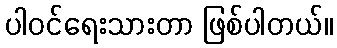
ပါဝင်ရေးသားတာ ဖြစ်ပါတယ်။